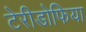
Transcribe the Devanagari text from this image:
टेरीडोफिया